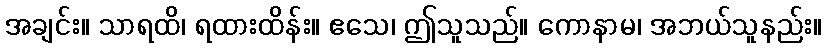
အချင်း။ သာရထိ၊ ရထားထိန်း။ ဧသေ၊ ဤသူသည်။ ကောနာမ၊ အဘယ်သူနည်း။